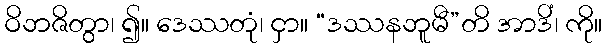
ဝိဘဇိတွာ၊ ၍။ ဒေဿတုံ၊ ငှာ။ “ဒဿနဘူမီ”တိ အာဒိံ၊ ကို။